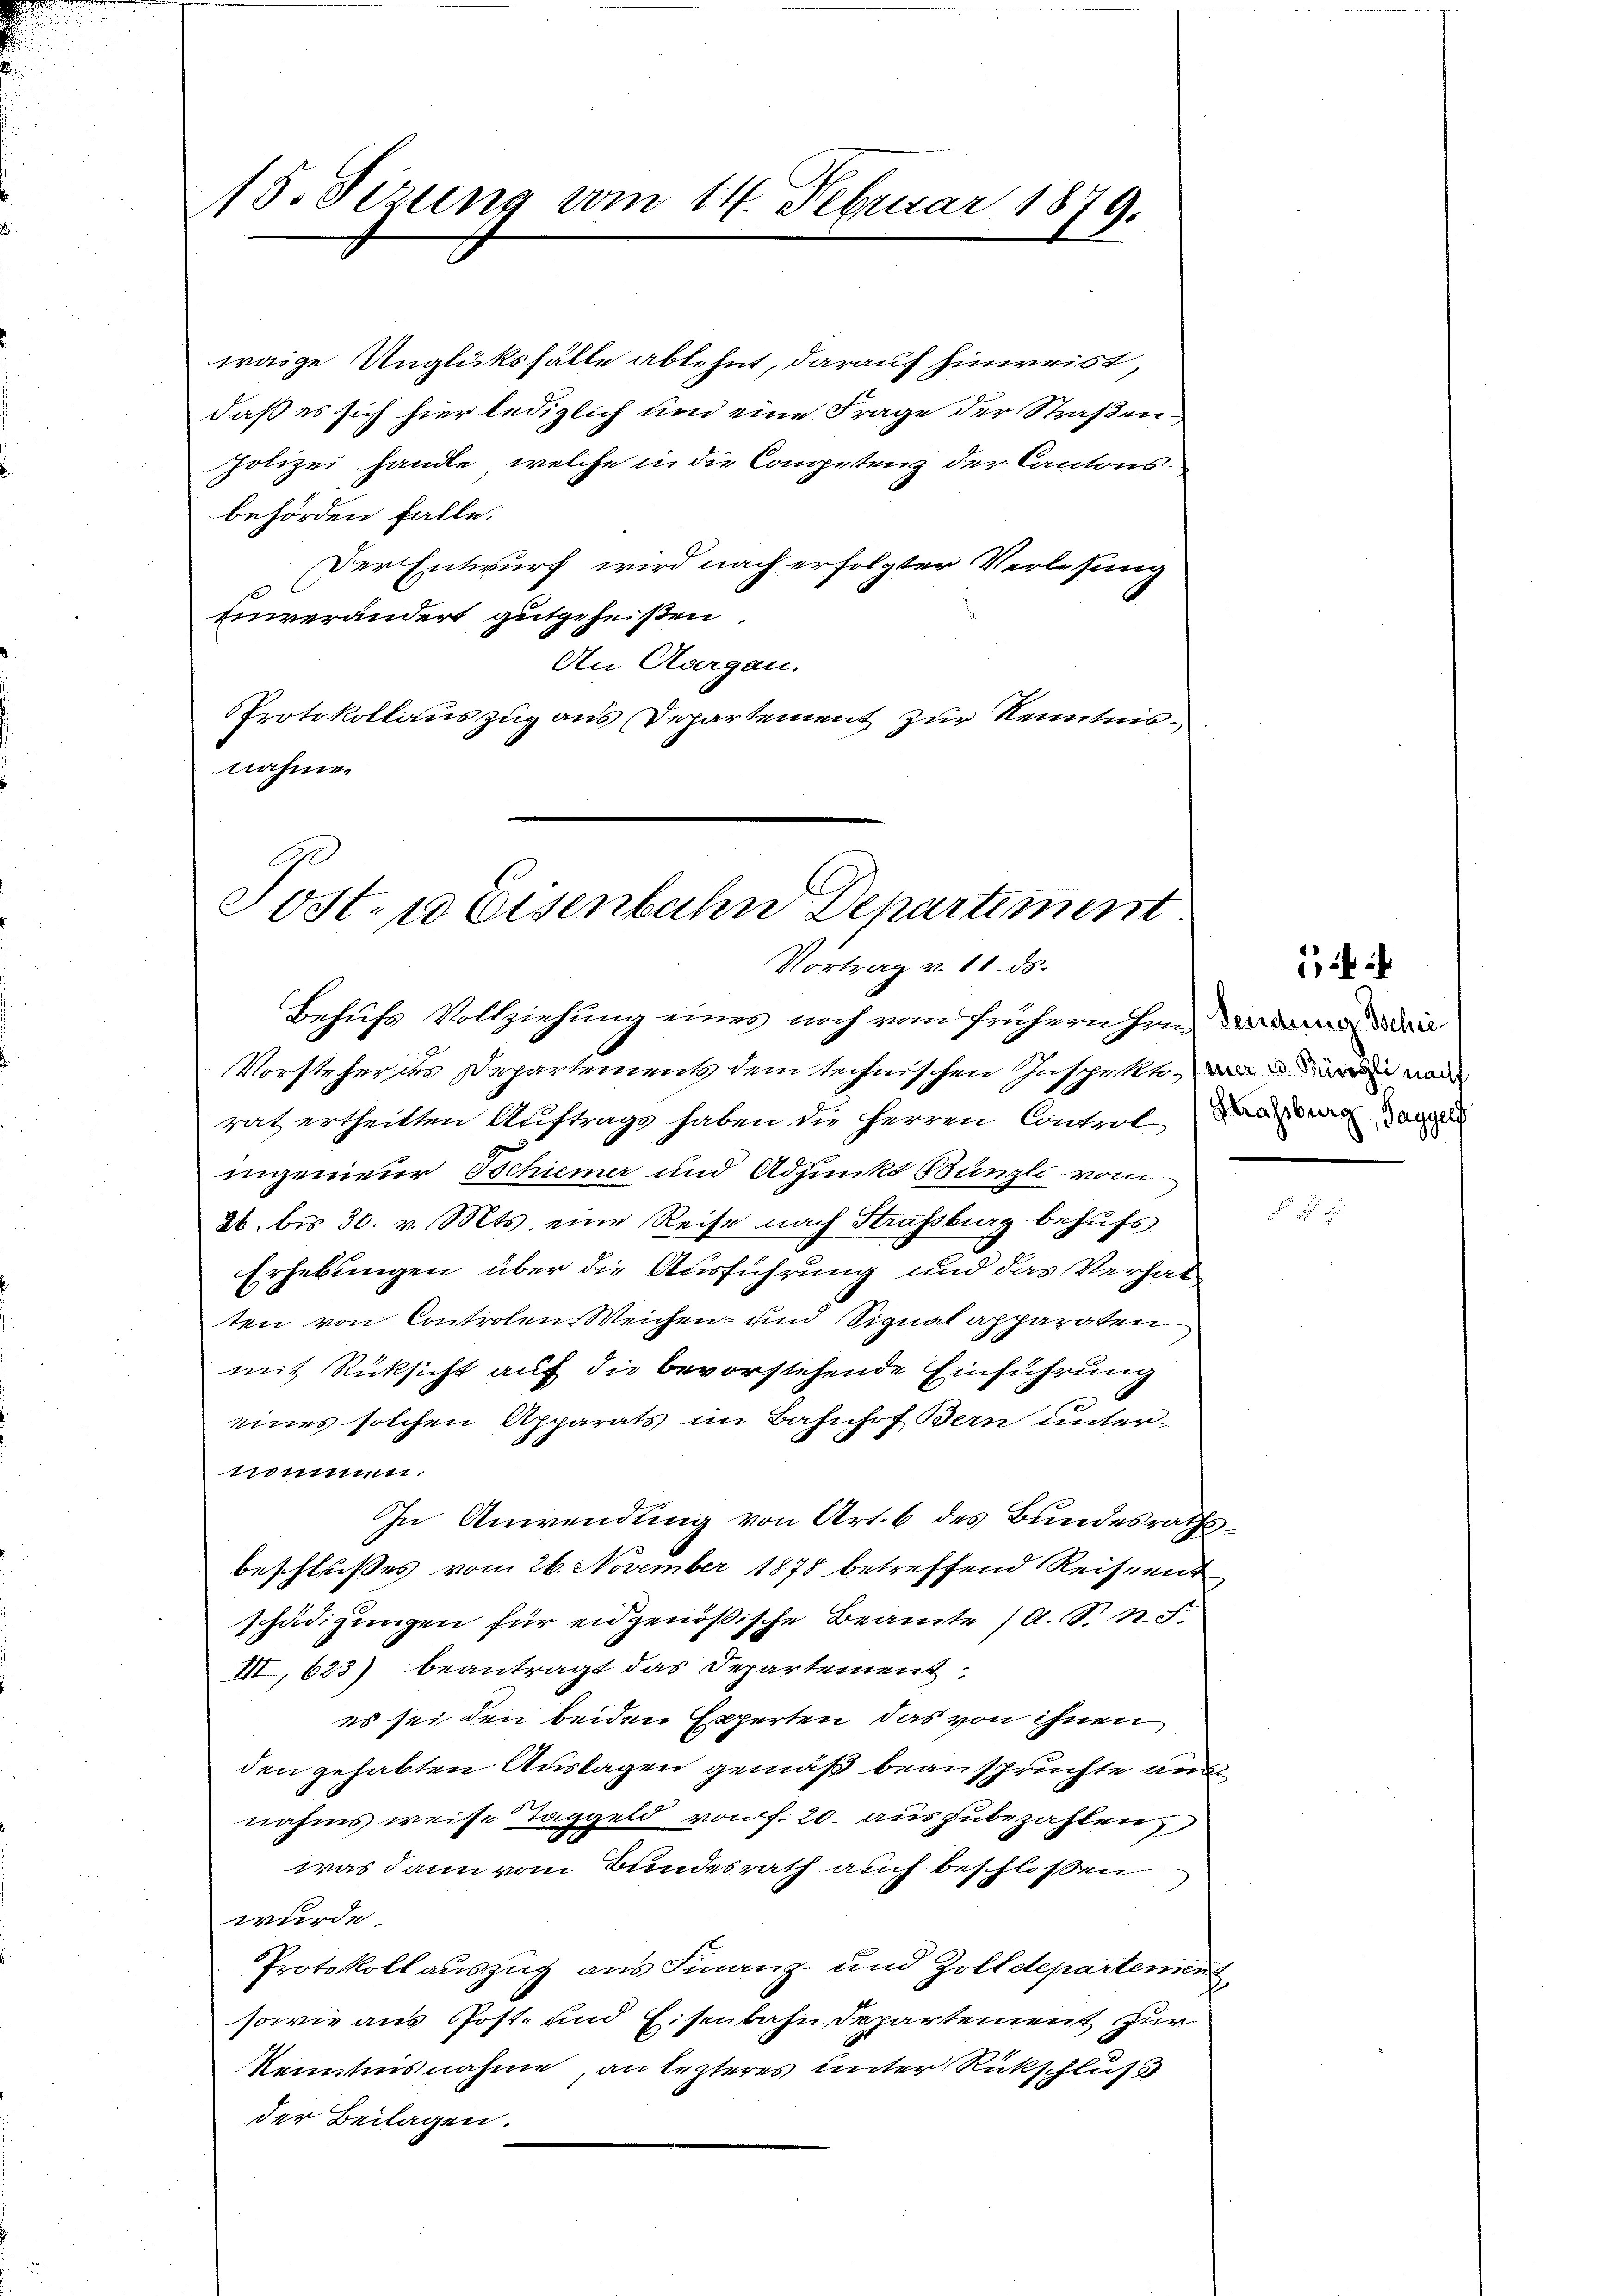
15. Sezung vom 14. Februar 1879.

waige Unglüksfälle ablehnt, darauf hinweist,
daß es sich hier lediglich und eine Frage der Straßen
polizei handle, welche in die Competenz der Cantons
behörden falle.
Der Entwurf wird nach erfolgter Verlesung
einverändert gutgeheißen.
An Aargau.
Protokollauszug aus Departement zur Kenntnisnahmen

Post- u Eisenbahn Departiment
Vortrag v. 11. ds.

Behufs Vollziehung eines noch vom frühern hin der den di
Vorsteher des Departement dem technischen Inschen, und den wa
rat ertheilten Auftrage haben die Herren Controle Basel au
ingenieur Schiener und Adjunkt Bünzli vom
26. bis 30. v. Mts. eine Reise nach Straßburg behufs
Erhebungen über die Ausführung und das Verhal
ten von Controlen-Weichen- und Signal apparaten
mit Rücksicht auf die bevorstehende Einführung
eines solchen Apparats im Bahnhof Bern unter-
commun
In Anwendung von Art. 6 des Bundesrathsbeschlußes vom 26. November 1878 betreffend Reisent
schädigungen für eidgenößische Beamte (A. S. n. F.
III, 623) beantragt das Departement,
es sei den beiden Experten, das von ihnen
den gehabten Auslagen gemäß beanspruchte ausnahms weise Taggeld von f. 20. auszubezahlen,
was dann vom Bundesrath auch beschlossen
wurde.
Protokollauszug aus Finanz- und Zolldepartement,
sowie aus Post- und Eisenbahndepartement zur
kenntnisnahme, an lezteres unter Rückschluß
der Beilagen.